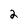
Character: 2